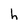
Character: h